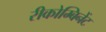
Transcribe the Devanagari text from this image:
रीकोम्बिनेंट